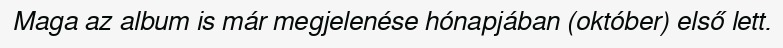
Maga az album is már megjelenése hónapjában (október) első lett.